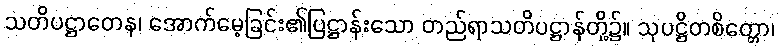
သတိပဋ္ဌာတေန၊ အောက်မေ့ခြင်း၏ပြဋ္ဌာန်းသော တည်ရာသတိပဋ္ဌာန်တို့၌။ သုပဋ္ဌိတစိတ္တော၊